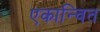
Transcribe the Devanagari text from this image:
एकान्वित